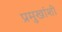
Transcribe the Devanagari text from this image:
प्रमुखांशी